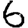
Digit: 6